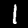
Digit: 1